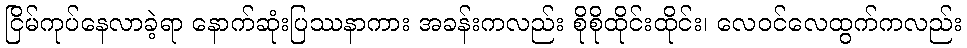
ငြိမ်ကုပ်နေလာခဲ့ရာ နောက်ဆုံးပြဿနာကား အခန်းကလည်း စိုစိုထိုင်းထိုင်း၊ လေဝင်လေထွက်ကလည်း